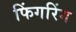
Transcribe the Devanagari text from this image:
फिंगरिंग